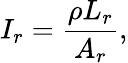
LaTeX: I_{r}=\frac{\rho L_{r}}{A_{r}},